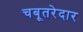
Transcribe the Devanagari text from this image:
चबूतरेदार